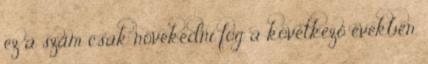
ez a szám csak növekedni fog a következő években.